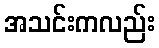
အသင်းကလည်း